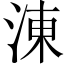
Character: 涷